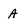
Character: A